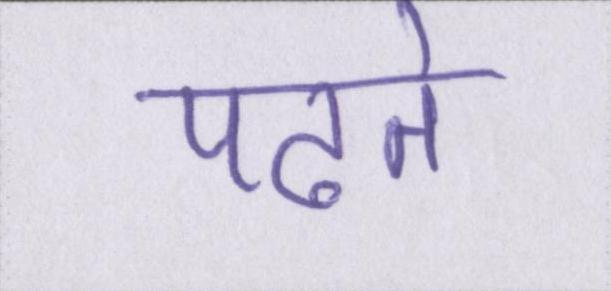
पढते